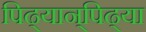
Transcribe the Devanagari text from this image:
पिढ्यान्‌पिढ्या